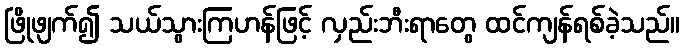
ဖြိုဖျက်၍ သယ်သွားကြဟန်ဖြင့် လှည်းဘီးရာတွေ ထင်ကျန်ရစ်ခဲ့သည်။